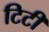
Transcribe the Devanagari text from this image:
टिटी